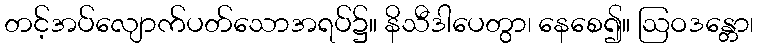
တင့်အပ်လျောက်ပတ်သောအရပ်၌။ နိသီဒါပေတွာ၊ နေစေ၍။ ဩဝဒန္တော၊